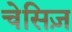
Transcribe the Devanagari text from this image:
चेसिज़